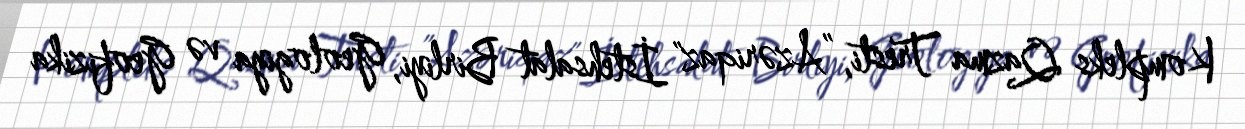
Kompleks Qazma Tresti, ”Azəriqaz" İstehsalat Birliyi, Geologiya və Geofizika